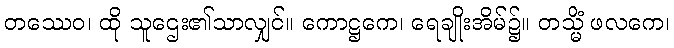
တဿေဝ၊ ထို သူဌေး၏သာလျှင်။ ကောဋ္ဌကေ၊ ရေချိုးအိမ်၌။ တသ္မိံ ဖလကေ၊